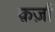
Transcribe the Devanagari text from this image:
क़र्ज़ा